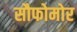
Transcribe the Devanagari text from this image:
सौफोमोर